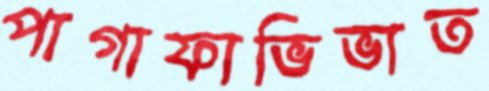
পাগাফাভিভাত